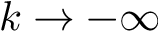
k \rightarrow - \infty